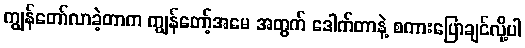
ကျွန်တော်လာခဲ့တာက ကျွန်တော့်အမေ အတွက် ဒေါက်တာနဲ့ စကားပြောချင်လို့ပါ